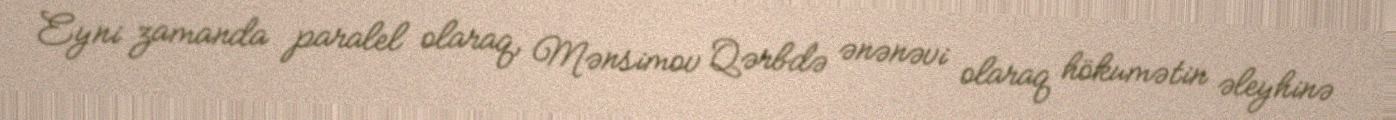
Eyni zamanda paralel olaraq, Mənsimov Qərbdə ənənəvi olaraq hökumətin əleyhinə